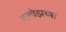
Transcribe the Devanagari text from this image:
गल्वेझच्या